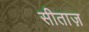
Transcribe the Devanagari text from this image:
सीताज़